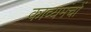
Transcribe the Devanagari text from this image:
काव्यमंचों